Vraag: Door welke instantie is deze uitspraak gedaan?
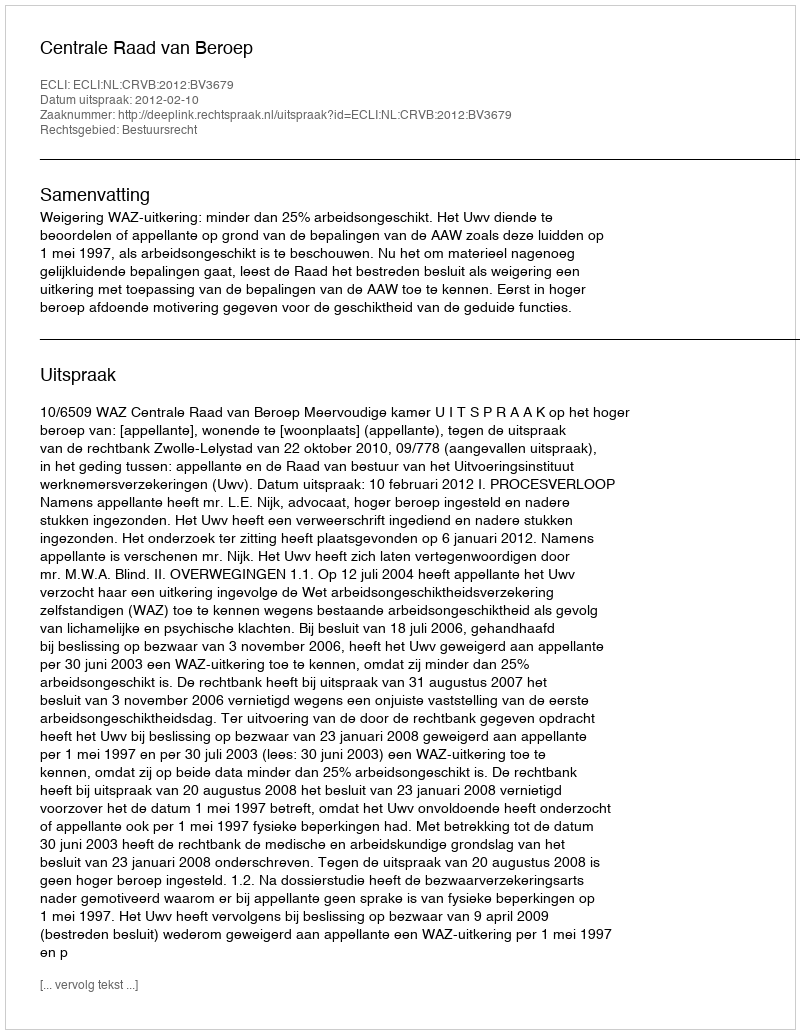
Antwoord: Centrale Raad van Beroep